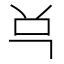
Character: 𰇈